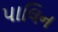
પાલિન